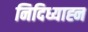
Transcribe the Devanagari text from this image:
निदिध्याह्न